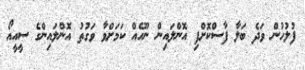
ފުލުހުން ވަދެ ބަލާ ފާސްކޮށްފި އޮންލައިން ނޫހެއް ކަމަށްވާ ވަގުތު އޮންލައިންގެ ސީއީއޯ